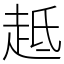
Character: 趆